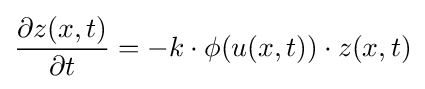
{\frac {\partial z(x,t)}{\partial t}}=-k\cdot \phi (u(x,t))\cdot z(x,t)